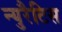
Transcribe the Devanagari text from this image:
न्युरैटिस